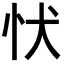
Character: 𢗗